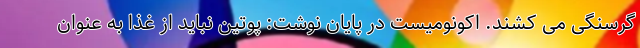
گرسنگی می کشند. اکونومیست در پایان نوشت: پوتین نباید از غذا به عنوان